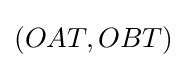
(OAT,OBT)